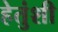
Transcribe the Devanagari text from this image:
हेतुंशी